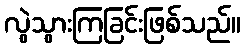
လွဲသွားကြခြင်းဖြစ်သည်။